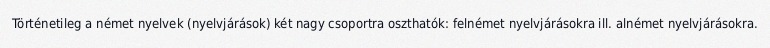
Történetileg a német nyelvek (nyelvjárások) két nagy csoportra oszthatók: felnémet nyelvjárásokra ill. alnémet nyelvjárásokra.